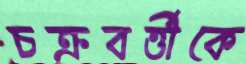
চক্রবর্ত্তীকে